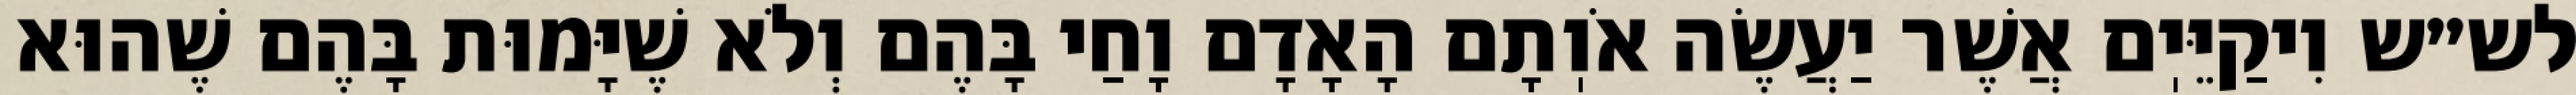
לש״ש וִיקַיֵּיֽם אֲשֶׁר יַעֲשֶׂה אֹוֽתָם הָאָדָם וָחַי בָּהֶם וְלֹא שֶׁיָּמוּת בָּהֶם שֶׁהוּא